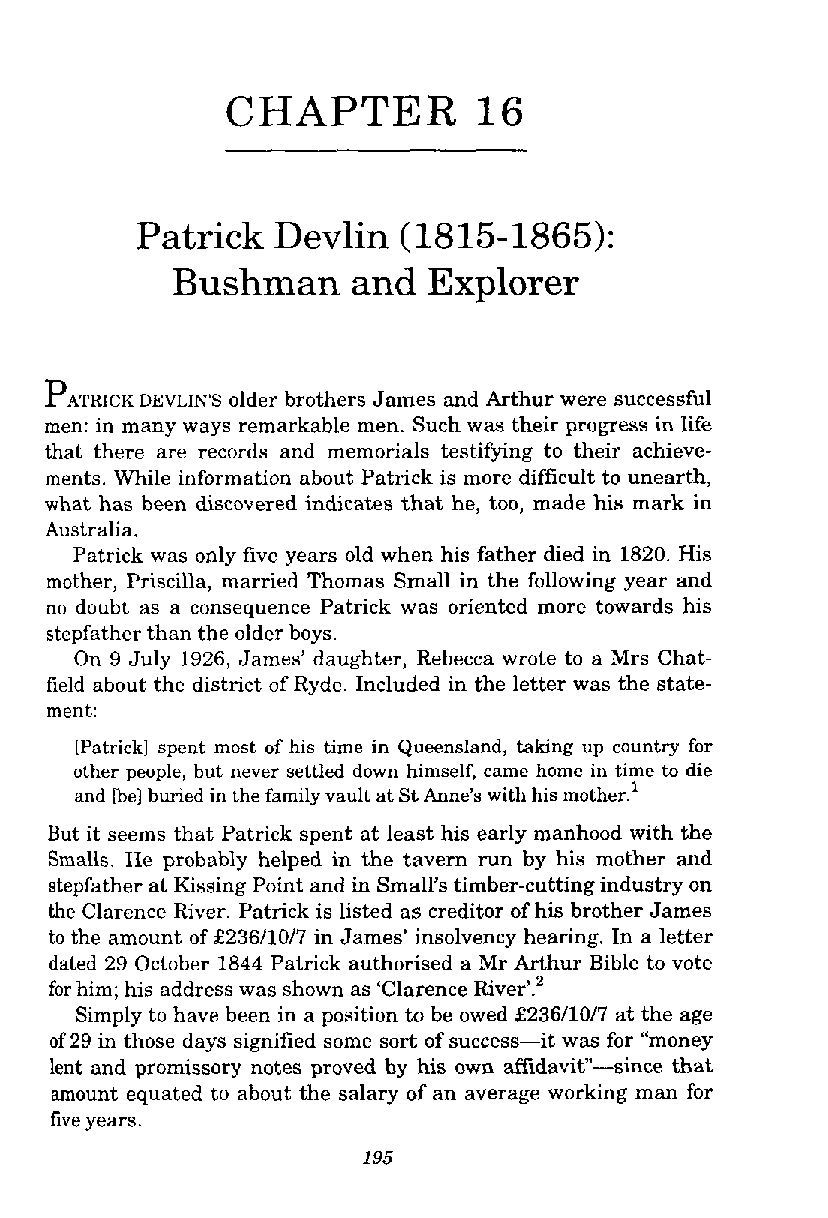
CHAPTER          16
 Patrick  Devlin   (1815-1865):
 Bushman     and  Explorer
 PATRICK DEVLIN'S older brothers James and Arthur were successful
 men: in many ways remarkable men. Such was their progress in life
 that there are records and memorials testifying to their achieve-
 ments. While information about Patrick is more difficult to unearth,
 what has been discovered indicates that he, too, made his mark in
 Australia.
 Patrick was only five years old when his father died in 1820. His
 mother, Priscilla, married Thomas Small in the following year and
 no doubt as a consequence Patrick was oriented more towards his
 stepfather than the older boys.
 On 9 July 1926, James' daughter, Rebecca wrote to a Mrs Chat-
 field about the district of Ryde. Included in the letter was the state-
 ment:
 [Patrick] spent most of his time in Queensland, taking up country for
 other people, but never settled down himself, came home in time to die
 and [be] buried in the family vault at St Anne's with his mother.'
 But it seems that Patrick spent at least his early manhood with the
 Smalls. He probably helped in the tavern run by his mother and
 stepfather at Kissing Point and in Small's timber-cutting industry on
 the Clarence River. Patrick is listed as creditor of his brother James
 to the amount off 236/lO/7 in James' insolvency hearing. In a letter
 dated 29 October 1844 Patrick authorised a Mr Arthur Bible to vote
 for him; his address was shown as 'Clarence ~iver'.~
 Simply to have been in a position to be owed £23611017 at the age
 of 29 in those days signified some sort of success-it was for "money
 lent and promissory notes proved by his own affidavit"-since that
 amount equated to about the salary of an average working man for
 five years.